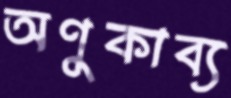
অণুকাব্য